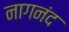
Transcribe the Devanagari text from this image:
नागनंद